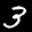
Label: 3